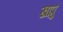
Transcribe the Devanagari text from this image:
खाप्रु